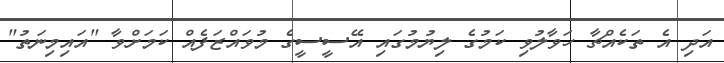
އަދި އެ ތަކެއްޗާ ހަވާލުވި ކަމުގެ ލިޔުމުގައި އޭސީސީގެ މުވައްޒަފެއް ކަމަށްވާ "އައިމިނަތު"